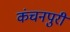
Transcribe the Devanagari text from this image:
कंचनपुरी